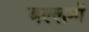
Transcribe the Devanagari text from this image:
बल्लमों